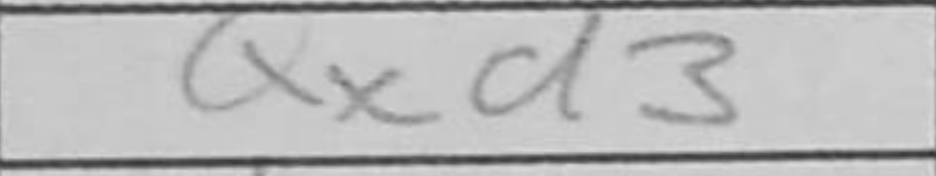
Transcription: Qxd3